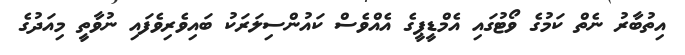
އިތުބާރު ނެތް ކަމުގެ ވޯޓުގައި އެމްޑީޕީގެ އެއްވެސް ކައުންސިލަރަކު ބައިވެރިވެފައި ނުވާތީ މިއަދުގެ